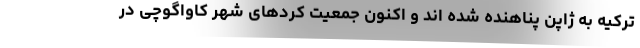
ترکیه به ژاپن پناهنده شده اند و اکنون جمعیت کرد‌های شهر کاواگوچی در